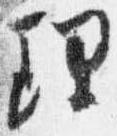
理